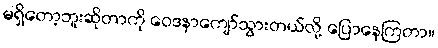
မရှိတော့ဘူးဆိုတာကို ဝေဒနာကျော်သွားတယ်လို့ ပြောနေကြတာ။